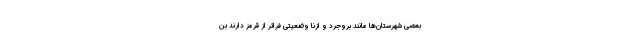
بعضی شهرستان‌ها مانند بروجرد و ازنا وضعیتی فراتر از قرمز دارند بن